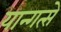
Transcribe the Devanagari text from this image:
यान्गत्से